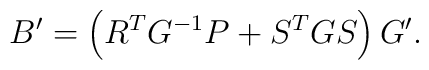
B'=\left( R^T G^{-1} P+S^T G S \right) G'.